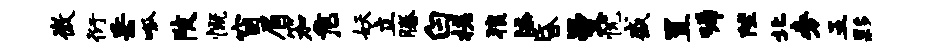
微衍岳呱陂慨窗眉笳危妖立腾白槎狼添昏曼忱盛置唏陛北旁五夥